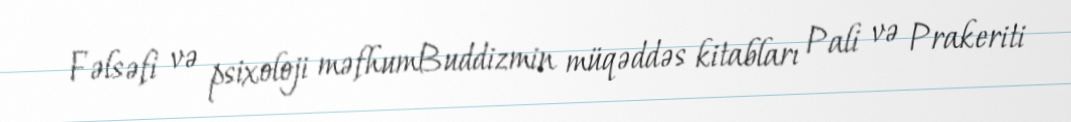
Fəlsəfi və psixoloji məfhumBuddizmin müqəddəs kitabları Pali və Prakeriti